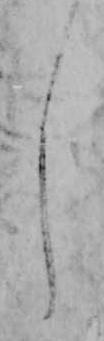
し